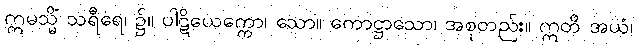
ဣမသ္မိံ သရီရေ၊ ၌။ ပါဋိယေက္ကော၊ သော။ ကောဋ္ဌာသော၊ အစုတည်း။ ဣတိ အယံ၊